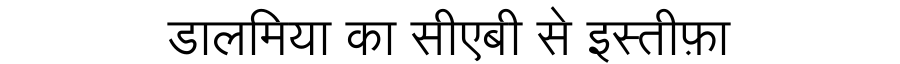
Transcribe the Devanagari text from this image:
डालमिया का सीएबी से इस्तीफ़ा